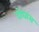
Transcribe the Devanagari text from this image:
दोघांस